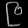
Digit: ၉